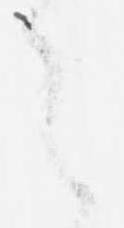
之